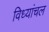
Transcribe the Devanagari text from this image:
विध्यांचल